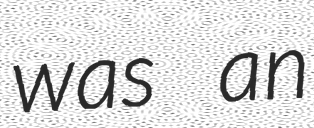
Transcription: was an